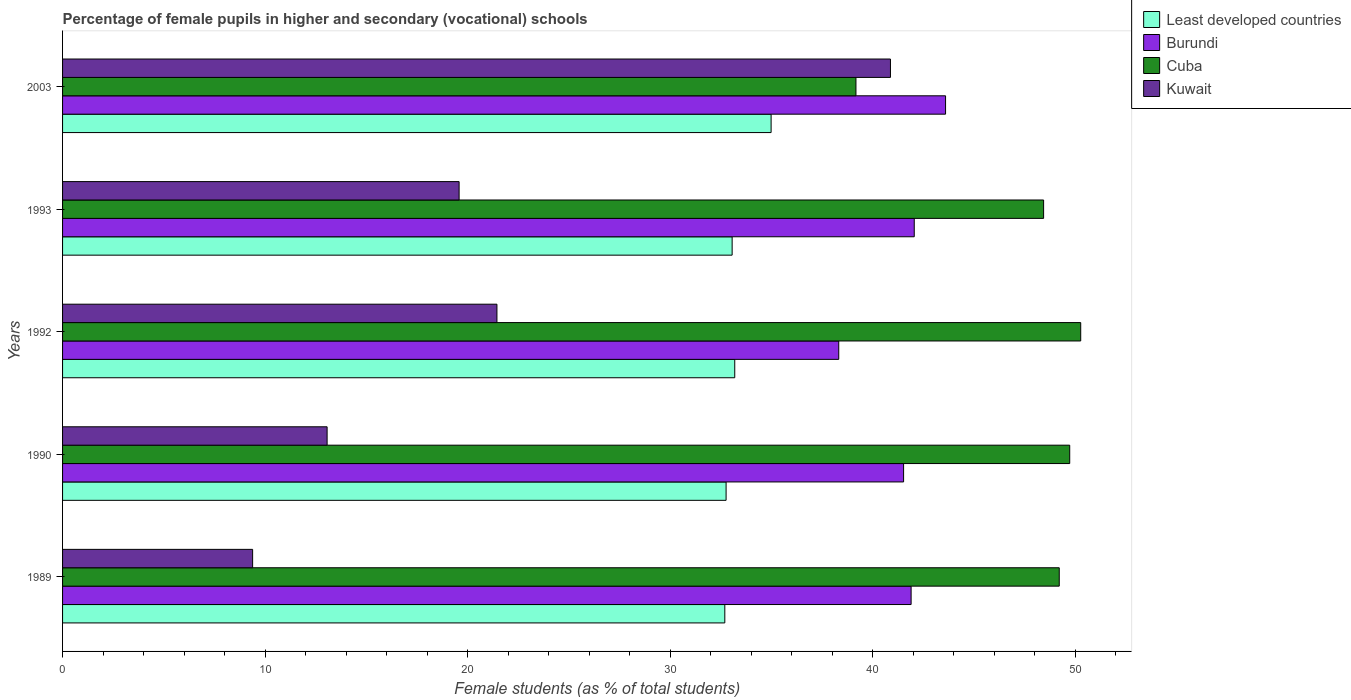
| Years | Least developed countries | Burundi | Cuba | Kuwait |
 | --- | --- | --- | --- | --- |
 | 1989 | 32.7 | 41.9 | 49.2 | 9.39 |
 | 1990 | 32.8 | 41.5 | 49.7 | 13.1 |
 | 1992 | 33.2 | 38.3 | 50.3 | 21.5 |
 | 1993 | 33.1 | 42.1 | 48.4 | 19.6 |
 | 2003 | 35 | 43.6 | 39.2 | 40.9 |